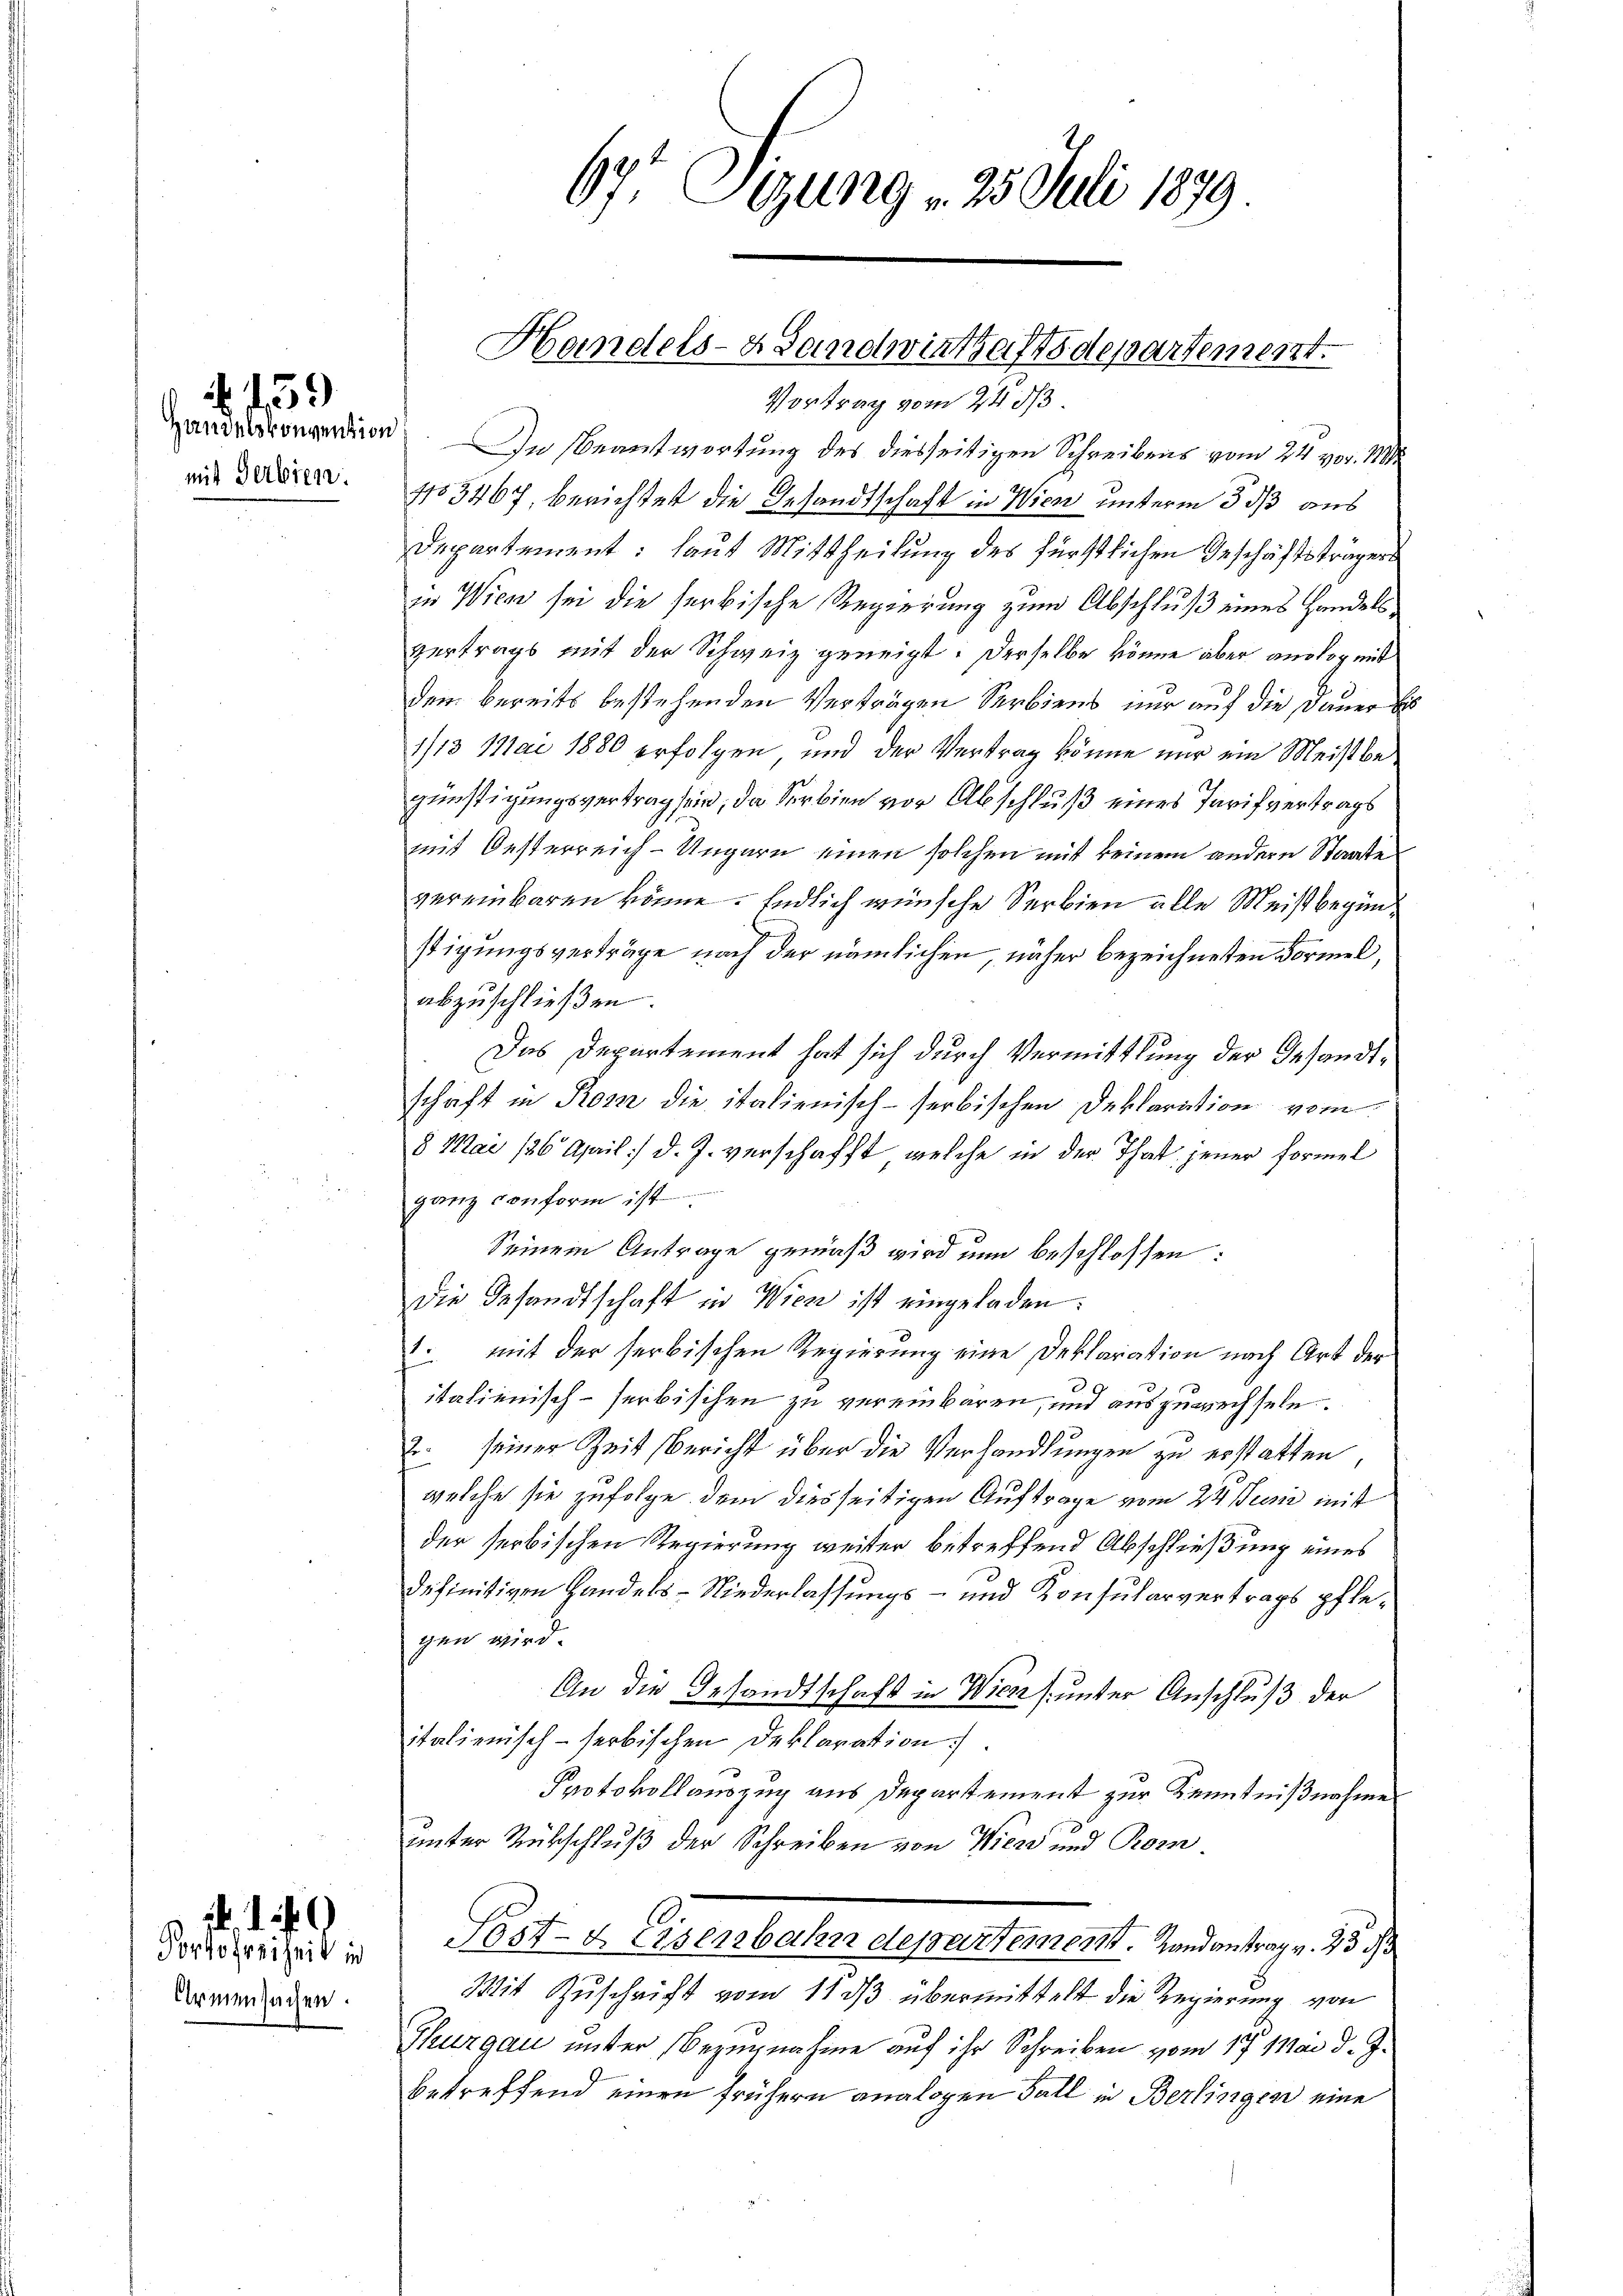
mit Serbien.

159

Armensachen.

. . . .

67. Sizung 25. Juli 1879

Handelsvorgenden. In Beantwortung des diesseitigen Schreibens vom 24. vor. M
1105467, berichtet die Gesandtschaft in Wien unterm 3 dß aus
Departement: laut Mittheilung des fürstlichen Geschäftsträgers
in Wien sei die serbische Regierung zum Abschluß eines Handels
vertrags mit der Schweiz geneigt: Derselbe könne aber anstag mit
dem bereits bestehenden Verträgen Serbiens nur auf die Dauer bis
1/13 Mai 1880 erfolgen, und der Vertrag könne nur ein Meistbegünstigungsvertrag sein, da Serbien vor Abschluß eines Tarifvertrags
mit Oesterreich-Ungarn einen solchen mit keinem andern Staate
vereinbaren könne. Endlich wünsche Serbien alle Meistbeginstigungsverträge nach der nämlichen, näher bezeichneten Formel,
abzuschließen.
Das Departement hat sich durch Vermittlung der Gesandtschaft in Rom die italienisch-serbischen Deklaration vom
8 Mai 186 April) d. J. verschafft, welche in der That jener Formel
ganz conform ist
Seinem Antrage gemäß wird nun beschlossen:
die Gesandtschaft in Wien ist eingeladen:
1. mit der serbischen Regierung eine Deklaration nach Art der
italienisch-serbischen zu vereinbaren, und auszuwechseln.
2. seiner Zeit Bericht über die Verhandlungen zu erstatten,
welche sie zufolge dem diesseitigen Auftrage vom 24. Junii mit
der serbischen Regierung weiter betreffend Abschließung eines
definitiven Handels-Niederlassungs- und Konsularvertrags pflegen wird.
An die Gesandtschaft in Wieses unter Anschluß der
italienisch-serbischen Deklaration).
Protokollauszug aus Departement zur Kenntnißnahme
unter Rückschluß der Schreiben von Wien und Korndorf freiheit in Post- & Eisenbahndepartement. Handantrag v. 23 d
Mit Zuschrift vom 11 dβ übermittelt die Regierung von
Thurgau unter Bezugnahme auf ihr Schreiben vom 17. Mai d. J.
betreffend einen frühern analogen Fall in Berlingen eine

Handels- & Landwirthaftsdepartement.
Vortrag vom 24. ds